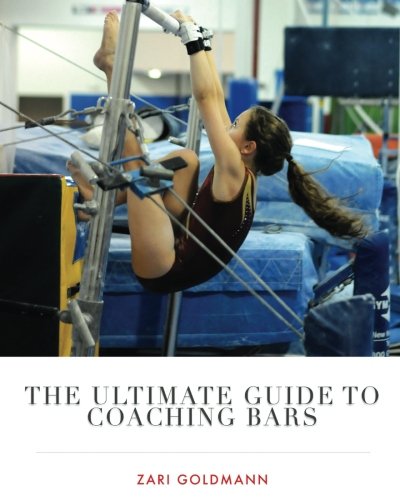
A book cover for The Ultimate Guide to Coaching Bars; Zari Goldmann; Sports & Outdoors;